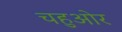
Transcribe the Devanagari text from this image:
चहुओर